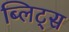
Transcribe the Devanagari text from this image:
ब्लिट्स